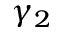
\gamma _ { 2 }